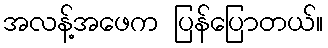
အလန့်အဖေက ပြန်ပြောတယ်။